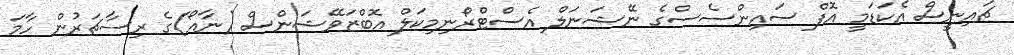
ޗައިނީސް އެކަޑަމީ އޮފް ސައިންސެސްގެ ނޭޝަނަލް އެސްޓްރޯނިމިކަލް އޮބްޒަވޭޝަންސް (ނާއޯ)ގެ ރިސާޗަރުން ހާމަ